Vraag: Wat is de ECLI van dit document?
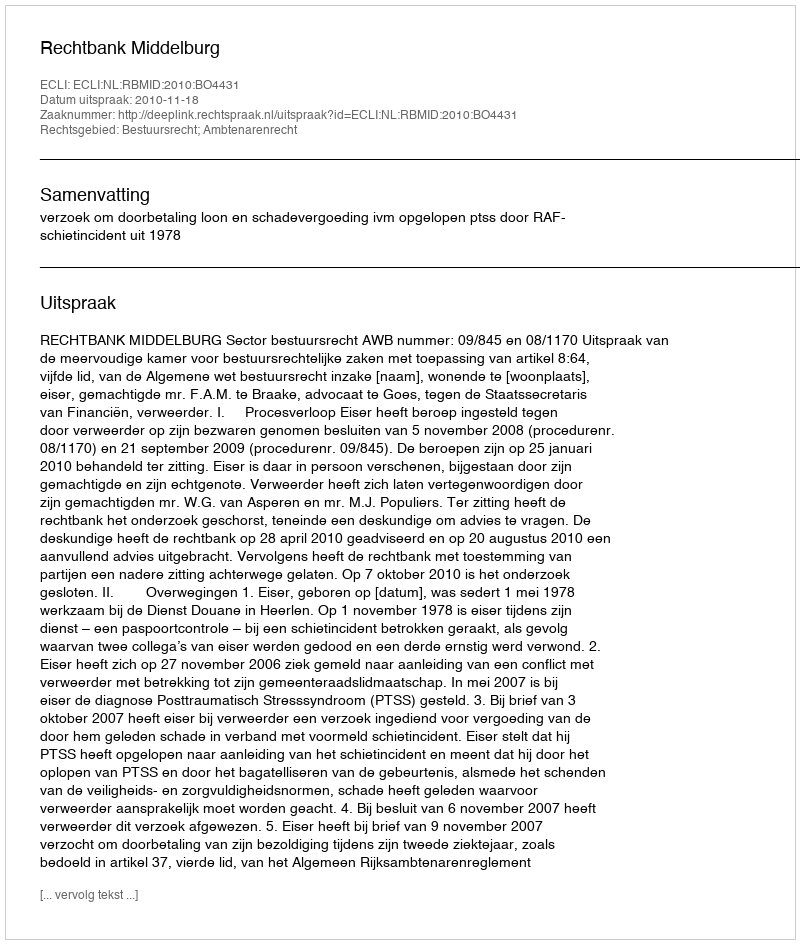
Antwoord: ECLI:NL:RBMID:2010:BO4431